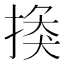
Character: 𢰼